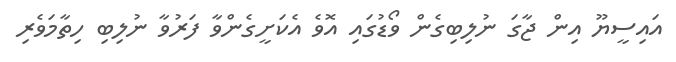
އައިސީޔޫ އިން ޖާގަ ނުލިބިގެން ވޯޑުގައި އޮވެ އެކަށީގެންވާ ފަރުވާ ނުލިބި ހިތާމަވެރި